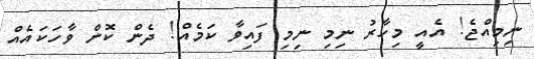
ނިމިއްޖެ! އެއީ މިހާރު ނިމި ނިމި ފައިވާ ކަމެއް! ދެން ކޮން ވާހަކައެއް